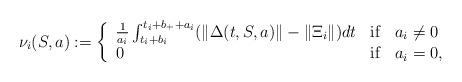
LaTeX: \begin{align*}\nu_i(S,a) :=\left\{\begin{array}{lcl}\frac{1}{a_i} \int_{t_i+ b_i}^{t_i + b_+ + a_i} (\Vert \Delta (t,S,a) \Vert -\Vert \Xi_i \Vert) dt& {\rm if} & a_i \neq 0\\0 & {\rm if} & a_i = 0,\end{array}\right.\end{align*}